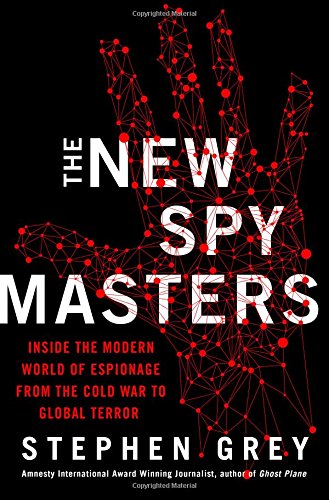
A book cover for The New Spymasters: Inside the Modern World of Espionage from the Cold War to Global Terror; Stephen Grey; Biographies & Memoirs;